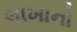
લાખાનો